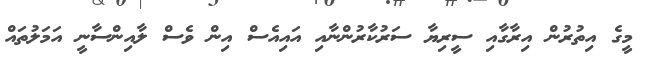
މީގެ އިތުރުން އިރާގާއި ސީރިޔާ ސަރުކާރުންނާއި އައިއެސް އިން ވެސް ލާއިންސާނީ އަމަލުތައް